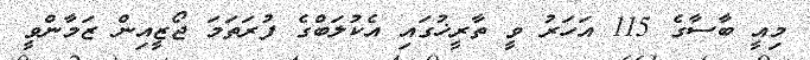
މިއީ ބާސާގެ 115 އަހަރު ވީ ތާރީޚުގައި އެކުލަބްގެ ފުރަތަމަ ޖޯޒީއިން ޒަމާންވީ